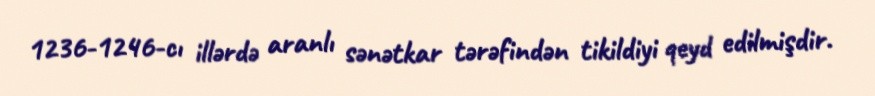
1236-1246-cı illərdə aranlı sənətkar tərəfindən tikildiyi qeyd edilmişdir.